Supplement to the account of plague administration in the Bombay Presidency from September 1896 till May 1897
Year: 1896
Disease focus: Plague
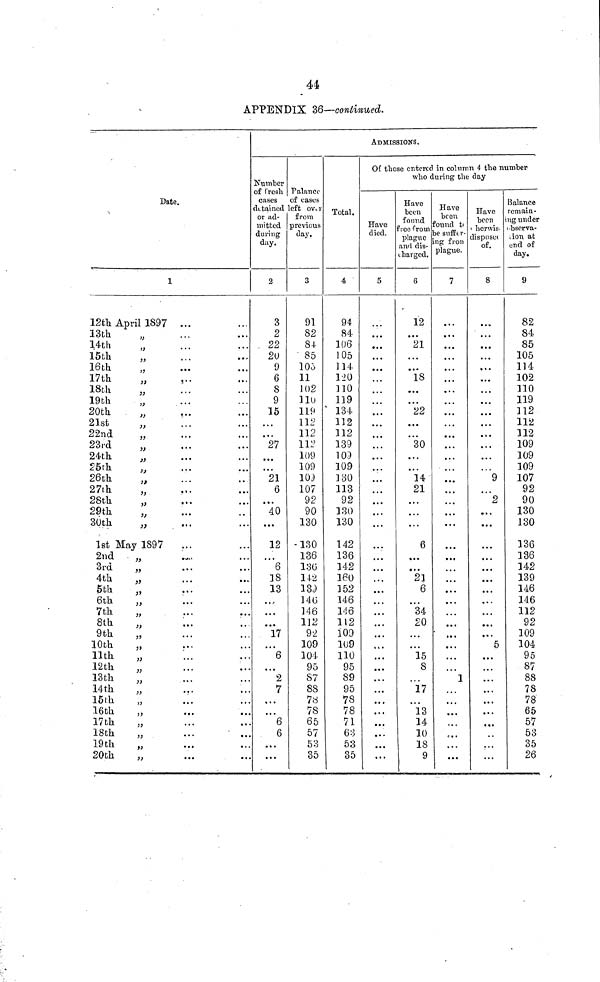
44
APPENDIX 36—continued.
.....
Date.
1
12th April 1897 ... ...
13th " ... ...
14th " ... ...
15th " ... ...
16th " ... ...
17th
"
...
...
18th " ... ...
19th " ... ...
20th " ... ...
21st
"
...
...
22nd " ... ...
23rd " ... ...
24th " ... ...
25th " ... ...
26th " ... ...
27th " ... ...
28th " ... ...
29th " ... ...
30th " ... ...
1st May 1897 ... ....
2nd " ... ...
3rd " ... ...
4th " ... ...
5th " ... ...
6th " ... ...
7th " ... ...
8th " ... ...
9th " ... ...
10th " ... ...
11th " ... ...
12th " ... ...
13th " ... ...
14th " ... ...
15th " ... ...
16th " ... ...
17th " ... ...
18th " ... ...
19th " ... ...
20th " ... ...
ADMISSIONS.
Number
of fresh cases
detained
or ad-
mitted
during
day.
2
3
2
22
20
9
6
8
9
15
...
...
27
...
...
21
6
...
40
...
12
...
6
18
13
...
...
...
17
...
6
...
2
7
...
...
6
6
...
...
Palance
of cases
left over
from
previous
day.
3
91
82
84.
85
100
11
102
110
119
112
112
112
109
109
101
107
92
90
130
130
136
130
142
139
146
146
112
92
109
104
95
87
88
78
78
65
57
53
35
Total.
4
94
84
106
105
114
120
110
119
134
112
112
139
109
109
180
113
92
130
130
142
136
142
160
152
146
146
112
109
109
110
95
89
95
78
78
71
63
53
35
Of those entered in column 4 the number
who during the day
Have
died.
5
...
...
...
...
...
...
...
...
...
...
...
...
...
...
...
...
...
...
...
...
...
...
...
...
...
...
...
...
...
...
...
...
...
...
...
...
...
...
...
Have
been
found
free from
plague
and dis-
charged.
6
12
...
21
...
...
18
...
...
22
...
...
30
...
...
14
21
...
...
...
6
...
...
21
6
...
34
20
...
...
15
8
...
17
...
13
14
10
18
9
Have
been
found the
be suffer-
ing from
plague.
7
...
...
...
...
...
...
...
...
...
...
...
...
...
...
...
...
...
...
...
...
...
...
...
...
...
...
...
...
...
...
...
...
...
...
...
...
...
...
...
Have
been
otherwise
disposed
of
8
...
...
...
...
...
...
...
...
...
...
...
...
...
...
9
...
2
...
...
...
...
...
...
...
...
...
...
5
...
...
...
...
...
...
...
...
...
...
Balance
remain-
ing under
observation at
end of
day.
9
82
84
85
105
114
102
110
119
112
112
112
109
109
109
107
92
90
130
130
136
136
142
139
146
146
112
92
109
104
95
87
88
78
78
65
57
53
35
26